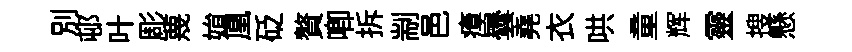
别邨叶彫蔑姢凰砭贅唧拆剬邑瘴曇堯衣哄童辉靈搜懸